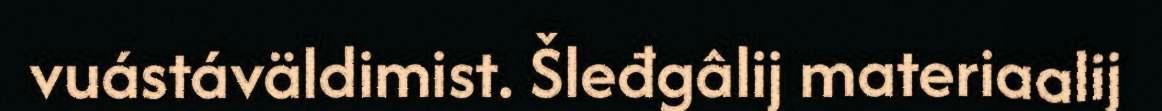
vuástáväldimist. Šleđgâlij materiaalij